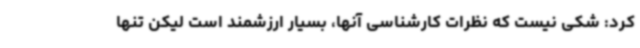
کرد: شکی نیست که نظرات کارشناسی آنها، بسیار ارزشمند است لیکن تنها